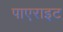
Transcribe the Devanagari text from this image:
पाएराइट